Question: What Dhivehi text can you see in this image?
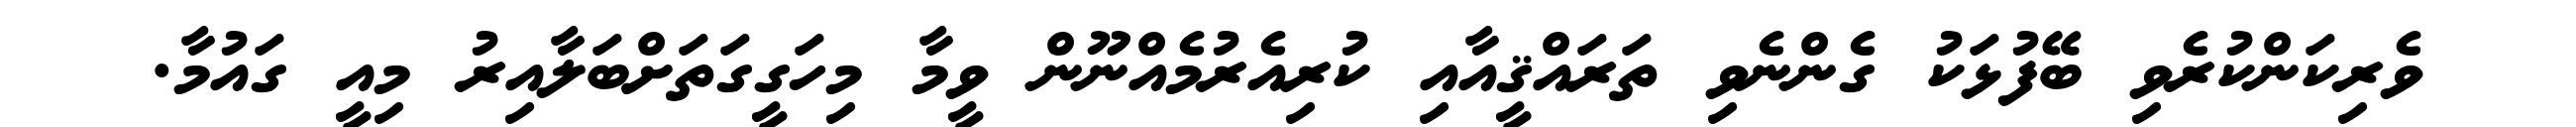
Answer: ވެރިކަންކުރެވި ބޭފުޅަކު ގެންނެވި ތަރައްޤީއާއި ކުރިއެރުމެއްނޫން ވީމާ މިހަގީގަތަށްބަލާއިރު މިއީ ގައުމާ.